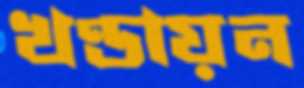
খণ্ডায়ন